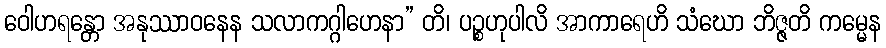
ဝေါဟရန္တော အနုဿာဝနေန သလာကဂ္ဂါဟေနာ” တိ၊ ပဉ္စဟုပါလိ အာကာရေဟိ သံဃော ဘိဇ္ဇတိ ကမ္မေန